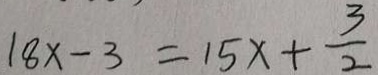
1 8 x - 3 = 1 5 x + \frac { 3 } { 2 }